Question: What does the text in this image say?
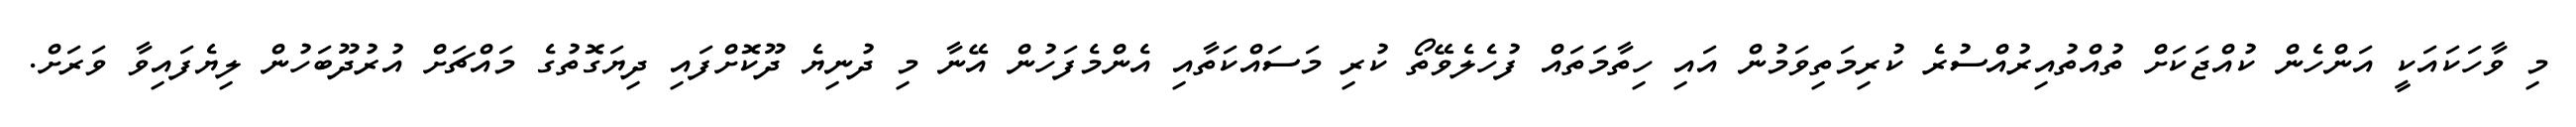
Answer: މި ވާހަކައަކީ އަންހެން ކުއްޖަކަށް ތުއްތުއިރުއްސުރެ ކުރިމަތިވަމުން އައި ހިތާމަތައް ފުހެލެވޭތޯ ކުރި މަސައްކަތާއި އެންމެފަހުން އޭނާ މި ދުނިޔެ ދޫކޮށްފައި ދިޔަގޮތުގެ މައްޗަށް އުރުދޫބަހުން ލިޔެފައިވާ ވަރަށް.